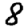
Digit: 8